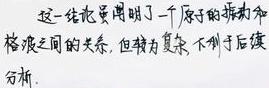
这一结论虽阐明了一个原子的振动和格波之间的关系，但较为复杂，不利于后续分析.